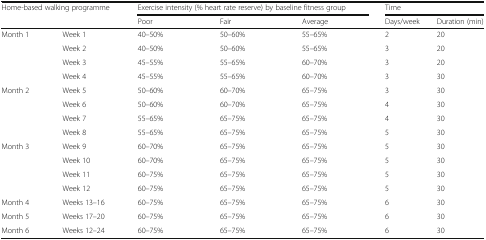
<table><thead><tr><td rowspan="2" colspan="2"><b>Home-based walking programme</b></td><td colspan="3"><b>Exercise intensity (% heart rate reserve) by baseline fitness group</b></td><td colspan="2"><b>Time</b></td></tr><tr><td><b>Poor</b></td><td><b>Fair</b></td><td><b>Average</b></td><td><b>Days/week</b></td><td><b>Duration (min)</b></td></tr></thead><tbody><tr><td>Month 1</td><td>Week 1</td><td>40–50%</td><td>50–60%</td><td>55–65%</td><td>2</td><td>20</td></tr><tr><td></td><td>Week 2</td><td>40–50%</td><td>50–60%</td><td>55–65%</td><td>3</td><td>20</td></tr><tr><td></td><td>Week 3</td><td>45–55%</td><td>55–65%</td><td>60–70%</td><td>3</td><td>20</td></tr><tr><td></td><td>Week 4</td><td>45–55%</td><td>55–65%</td><td>60–70%</td><td>3</td><td>30</td></tr><tr><td>Month 2</td><td>Week 5</td><td>50–60%</td><td>60–70%</td><td>65–75%</td><td>3</td><td>30</td></tr><tr><td></td><td>Week 6</td><td>50–60%</td><td>60–70%</td><td>65–75%</td><td>4</td><td>30</td></tr><tr><td></td><td>Week 7</td><td>55–65%</td><td>65–75%</td><td>65–75%</td><td>4</td><td>30</td></tr><tr><td></td><td>Week 8</td><td>55–65%</td><td>65–75%</td><td>65–75%</td><td>5</td><td>30</td></tr><tr><td>Month 3</td><td>Week 9</td><td>60–70%</td><td>65–75%</td><td>65–75%</td><td>5</td><td>30</td></tr><tr><td></td><td>Week 10</td><td>60–70%</td><td>65–75%</td><td>65–75%</td><td>5</td><td>30</td></tr><tr><td></td><td>Week 11</td><td>60–75%</td><td>65–75%</td><td>65–75%</td><td>5</td><td>30</td></tr><tr><td></td><td>Week 12</td><td>60–75%</td><td>65–75%</td><td>65–75%</td><td>5</td><td>30</td></tr><tr><td>Month 4</td><td>Weeks 13–16</td><td>60–75%</td><td>65–75%</td><td>65–75%</td><td>6</td><td>30</td></tr><tr><td>Month 5</td><td>Weeks 17–20</td><td>60–75%</td><td>65–75%</td><td>65–75%</td><td>6</td><td>30</td></tr><tr><td>Month 6</td><td>Weeks 12–24</td><td>60–75%</td><td>65–75%</td><td>65–75%</td><td>6</td><td>30</td></tr></tbody></table>